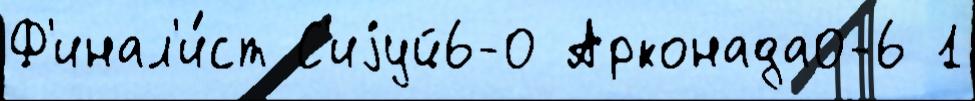
Ф'инал'и́ст С'иjуй6-0 Арконада0-6 1